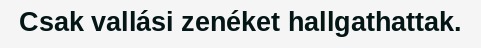
Csak vallási zenéket hallgathattak.